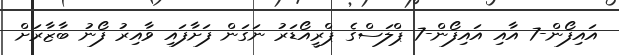
އައިފޯން-7 އާއި އައިފޯން-7 ޕްލަސްގެ ޕްރީއޯޑަރު ނަގަން ފަށާފައި ވާއިރު ފޯނު ބާޒާރަށް